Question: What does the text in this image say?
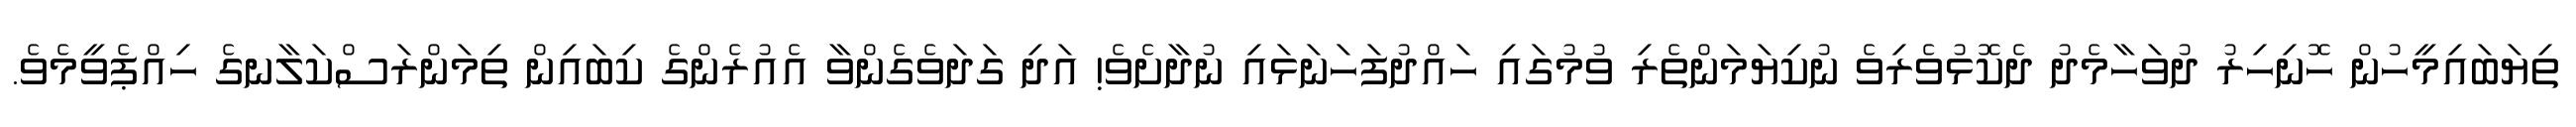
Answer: ތިޔަބައިމީހުން ހޮނިހިރު ދުވަހާމެދު ދެކޮޅުވެރިވެ ނުކިޔަމަންތެރި ވުމުގައި ހައްދުފަހަނަޅައި ނުދާށެވެ! އަދި ގަދަވެގެންވާ އެއުރެންގެ ކިބައިން ތިމަންރަސްކަލާނގެ ހިއްޕެވީމެވެ.